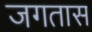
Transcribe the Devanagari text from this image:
जगतास